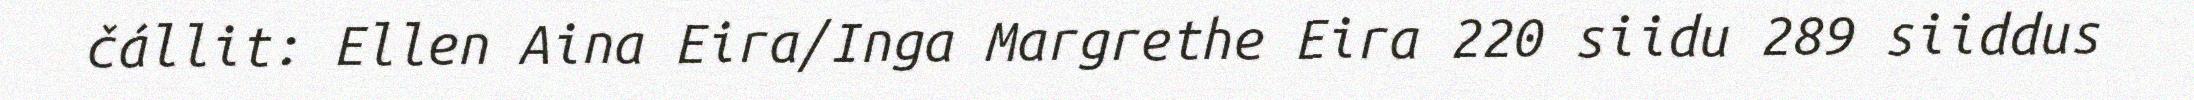
čállit: Ellen Aina Eira/Inga Margrethe Eira 220 siidu 289 siiddus